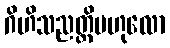
ဂိဟိသညတ္တိဗဟုလော